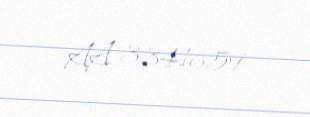
AA 3341659